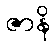
ဇာနိ